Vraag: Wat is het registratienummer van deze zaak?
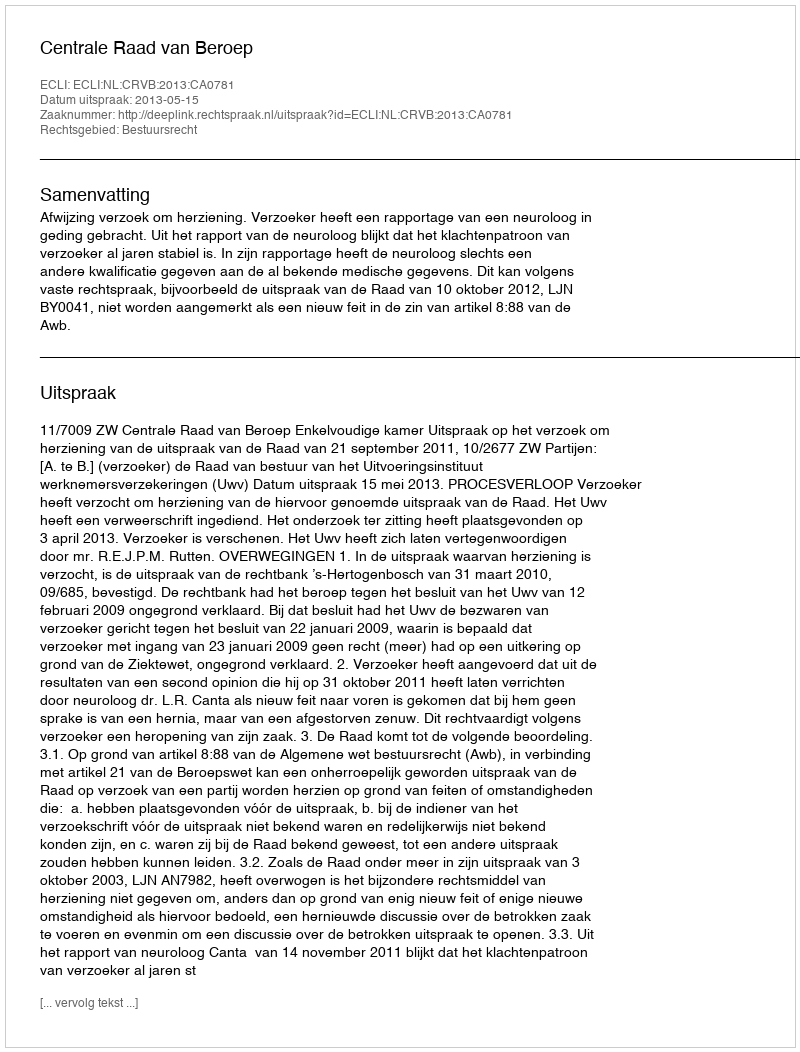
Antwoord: http://deeplink.rechtspraak.nl/uitspraak?id=ECLI:NL:CRVB:2013:CA0781